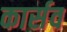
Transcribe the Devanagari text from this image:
कार्सव